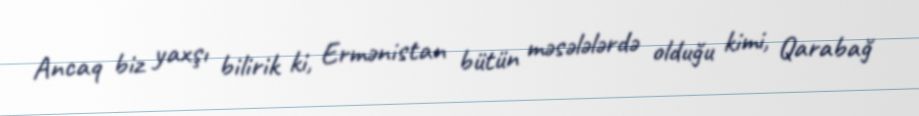
Ancaq biz yaxşı bilirik ki, Ermənistan bütün məsələlərdə olduğu kimi, Qarabağ